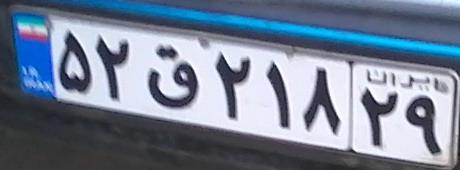
۵۲ق۲۱۸۲۹